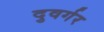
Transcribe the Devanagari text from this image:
दुवर्गर